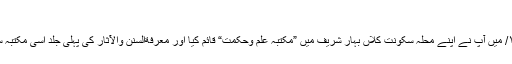
“ (اقتباس)
چنانچہ ۱۹۴۹/ میں آپ نے اپنے محلہ سکونت کلاں بہار شریف میں ”مکتبہ علم وحکمت“ قائم کیا اور معرفةالسنن والآثار کی پہلی جلد اسی مکتبہ سے شائع کی۔